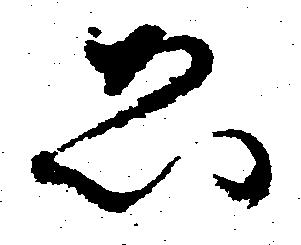
ゑ